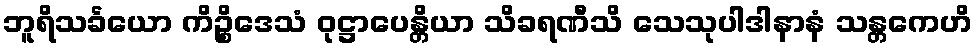
ဘူရိသင်္ခယော ကိဉ္စိဒေသံ ဝုဋ္ဌာပေန္တိယာ သိခရဏီသိ သေသုပါဒါနာနံ သန္တကေဟိ